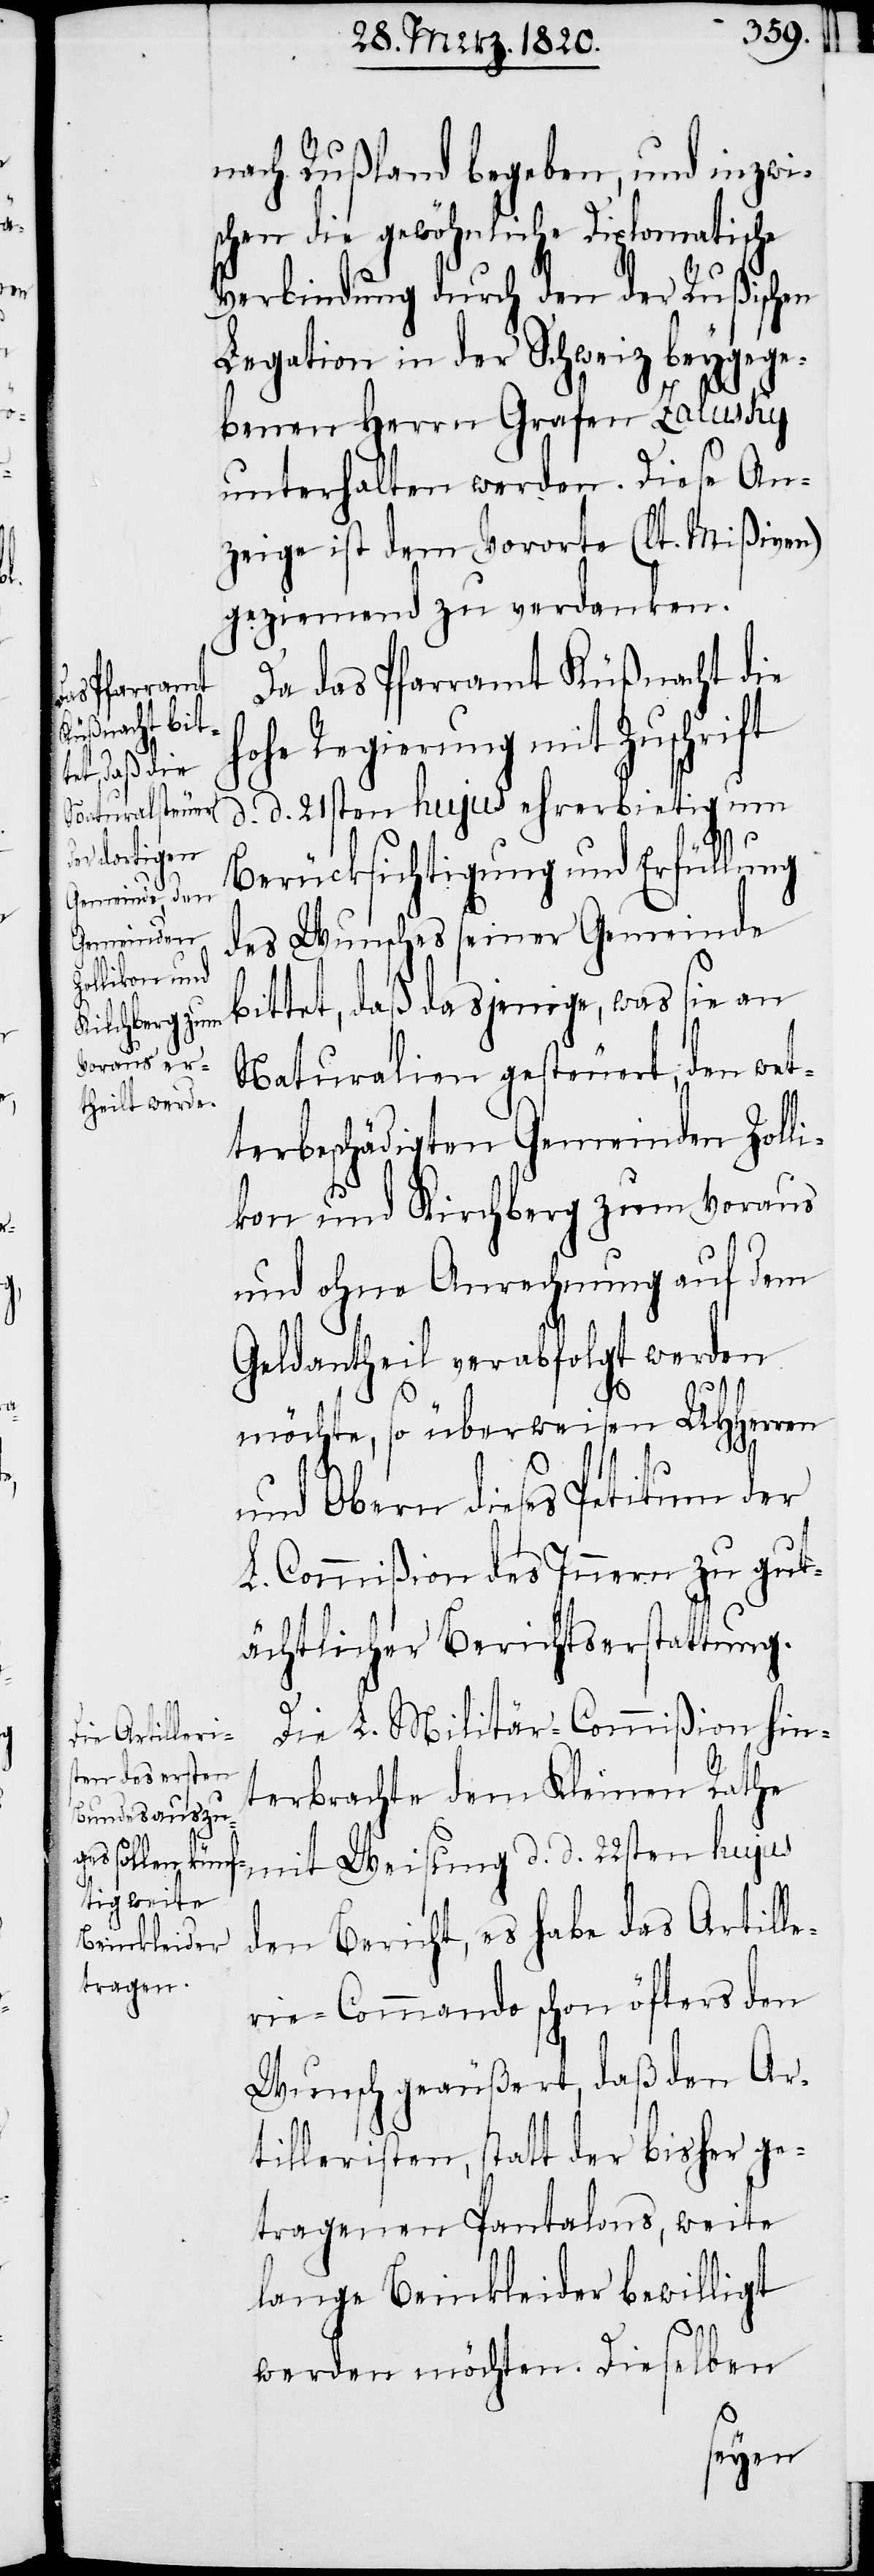
nach Rußland begeben, und inzwi¬
schen die gewöhnliche Diplomatische
Verbindung durch den der Rußischen
Legation in der Schweiz beygege¬
benen Herrn Grafen Zalusky
unterhalten werden. Diese An¬
zeige ist dem Vororte (lt. Mißiven)
geziemend zu verdanken.
Da das Pfarramt Küßnacht die
Regierung mit Zuschrift
d. d. 21sten hujus ehrerbietig um
Berücksichtigung und Erfüllung
des Wunsches seiner Gemeinde
bittet, daß dasjenige, was sie an
Naturalien gesteuert, den wet¬
terbeschädigten Gemeinden Zolli¬
kon und Kirchberg zum Voraus
und ohne Anrechnung auf dem
Geldantheil verabfolgt werden
möchte, so überweisen UHHerren
und Obern dieses Petitum der
L. Commißion des Innern zu gut¬
ächtlicher Berichtserstattung.
Die L. Militär-Commißion hin¬
terbrachte dem Kleinen Rathe
mit Weisung d. d. 22sten hujus
den Bericht, es habe das Artille¬
rie-Commando schon öfters den
Wunsch geäußert, daß den Art¬
illeristen, statt der bisher ge¬
tragenen Pantalons, weite
lange Beinkleider bewilligt
werden möchten. Dieselben